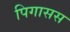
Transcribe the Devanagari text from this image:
पिगासस